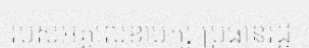
របស់អគ្គលេខាបក្ស ប្រធានរដ្ឋ